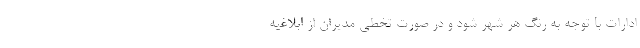
ادارات با توجه به رنگ هر شهر شود و در صورت تخطی مدیران از ابلاغیه